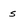
Character: s